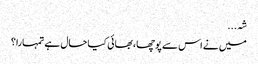
شہ...
میں نے اس سے پوچھا، بھائی کیا حال ہے تمہارا؟